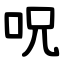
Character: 呪